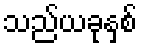
သည်ယခုနှစ်